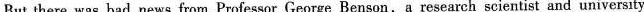
But there was bad news from Professor George Benson，a research scientist and university